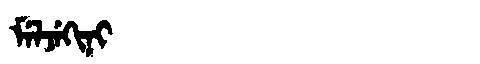
Manchu: ᠮᡝᠯᠵᡝᡴᡳᠨᡳ
Romanization: MELJEKINI